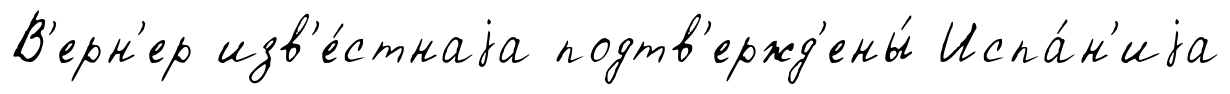
В'ерн'ер изв'е́стнаjа подтв'ержд'ены́ Испа́н'иjа